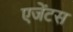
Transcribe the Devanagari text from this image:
एजेंटस